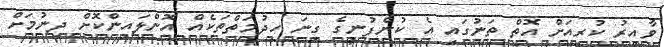
ވާއިރު ކުރިއަށް އޮތް ތަނުގައި އެ ކުންފުނީގެ ގިނަ ހިދުމަތްތަކެއް އޮންލައިންކޮށް ދިނުމަށް